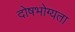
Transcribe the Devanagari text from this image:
दोषभोग्यता